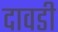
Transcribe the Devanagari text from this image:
दावडी